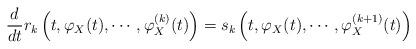
LaTeX: \begin{align*} \frac{d}{dt} r_k\left( t, \varphi_X(t), \cdots,\varphi_X^{(k)}(t) \right) = s_k\left( t,\varphi_X(t),\cdots,\varphi_X^{(k+1)}(t) \right)\end{align*}